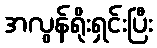
အလွန်ရိုးရှင်းပြီး